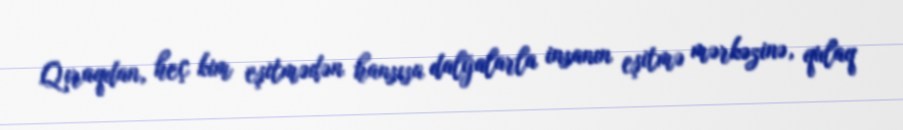
Qıraqdan, heç kim eşitmədən hansısa dalğalarla insanın eşitmə mərkəzinə, qulaq